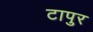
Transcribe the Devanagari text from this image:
टापुर